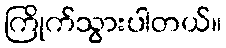
ကြိုက်သွားပါတယ်။